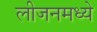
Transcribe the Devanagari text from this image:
लीजनमध्ये